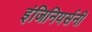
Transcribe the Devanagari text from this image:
इंजिनियर्सनी